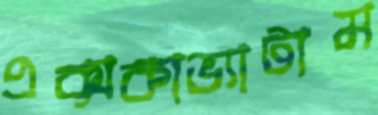
এক্সকাভ্যাটাম